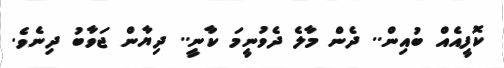
ކޮފީއެއް ބުއިން.. ދެން މާލެ ދެވުނީމަ ކާނީ.. ދިޔާން ޖަވާބު ދިނެވެ.